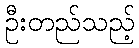
ဦးတည်သည့်